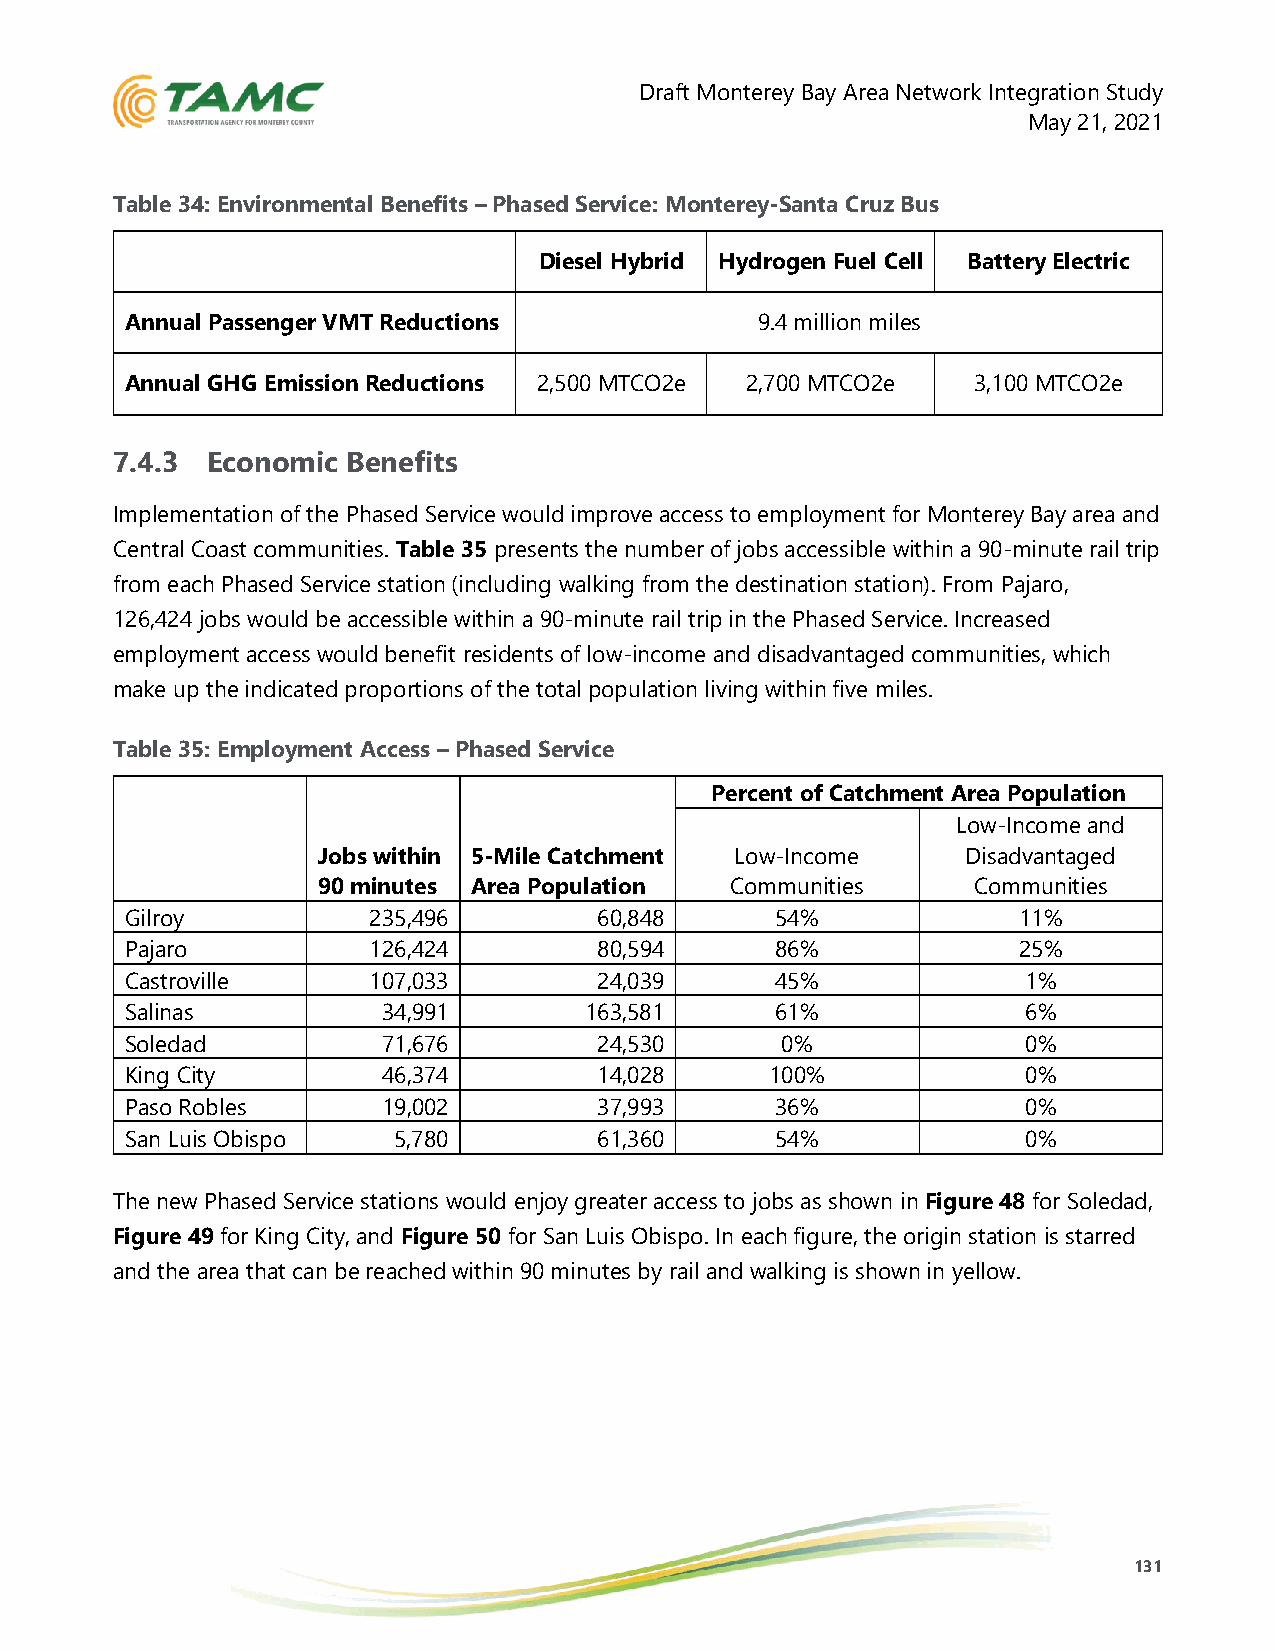
Draft Monterey Bay Area Network Integration Study
 May 21, 2021
 Table 34: Environmental Benefits – Phased Service: Monterey-Santa Cruz Bus
 Diesel Hybrid Hydrogen Fuel Cell Battery Electric
 Annual Passenger VMT Reductions           9.4 million miles
 Annual GHG Emission Reductions 2,500 MTCO2e 2,700 MTCO2e 3,100 MTCO2e
 7.4.3  Economic Benefits
 Implementation of the Phased Service would improve access to employment for Monterey Bay area and
 Central Coast communities. Table 35 presents the number of jobs accessible within a 90-minute rail trip
 from each Phased Service station (including walking from the destination station). From Pajaro,
 126,424 jobs would be accessible within a 90-minute rail trip in the Phased Service. Increased
 employment access would benefit residents of low-income and disadvantaged communities, which
 make up the indicated proportions of the total population living within five miles.
 Table 35: Employment Access – Phased Service
 Percent of Catchment Area Population
 Low-Income and
 Jobs within 5-Mile Catchment Low-Income    Disadvantaged
 90 minutes Area Population Communities     Communities
 Gilroy          235,496         60,848     54%             11%
 Pajaro          126,424         80,594     86%             25%
 Castroville     107,033         24,039     45%              1%
 Salinas          34,991        163,581     61%              6%
 Soledad          71,676         24,530      0%              0%
 King City        46,374         14,028     100%             0%
 Paso Robles      19,002         37,993     36%              0%
 San Luis Obispo   5,780         61,360     54%              0%
 The new Phased Service stations would enjoy greater access to jobs as shown in Figure 48 for Soledad,
 Figure 49 for King City, and Figure 50 for San Luis Obispo. In each figure, the origin station is starred
 and the area that can be reached within 90 minutes by rail and walking is shown in yellow.
 131